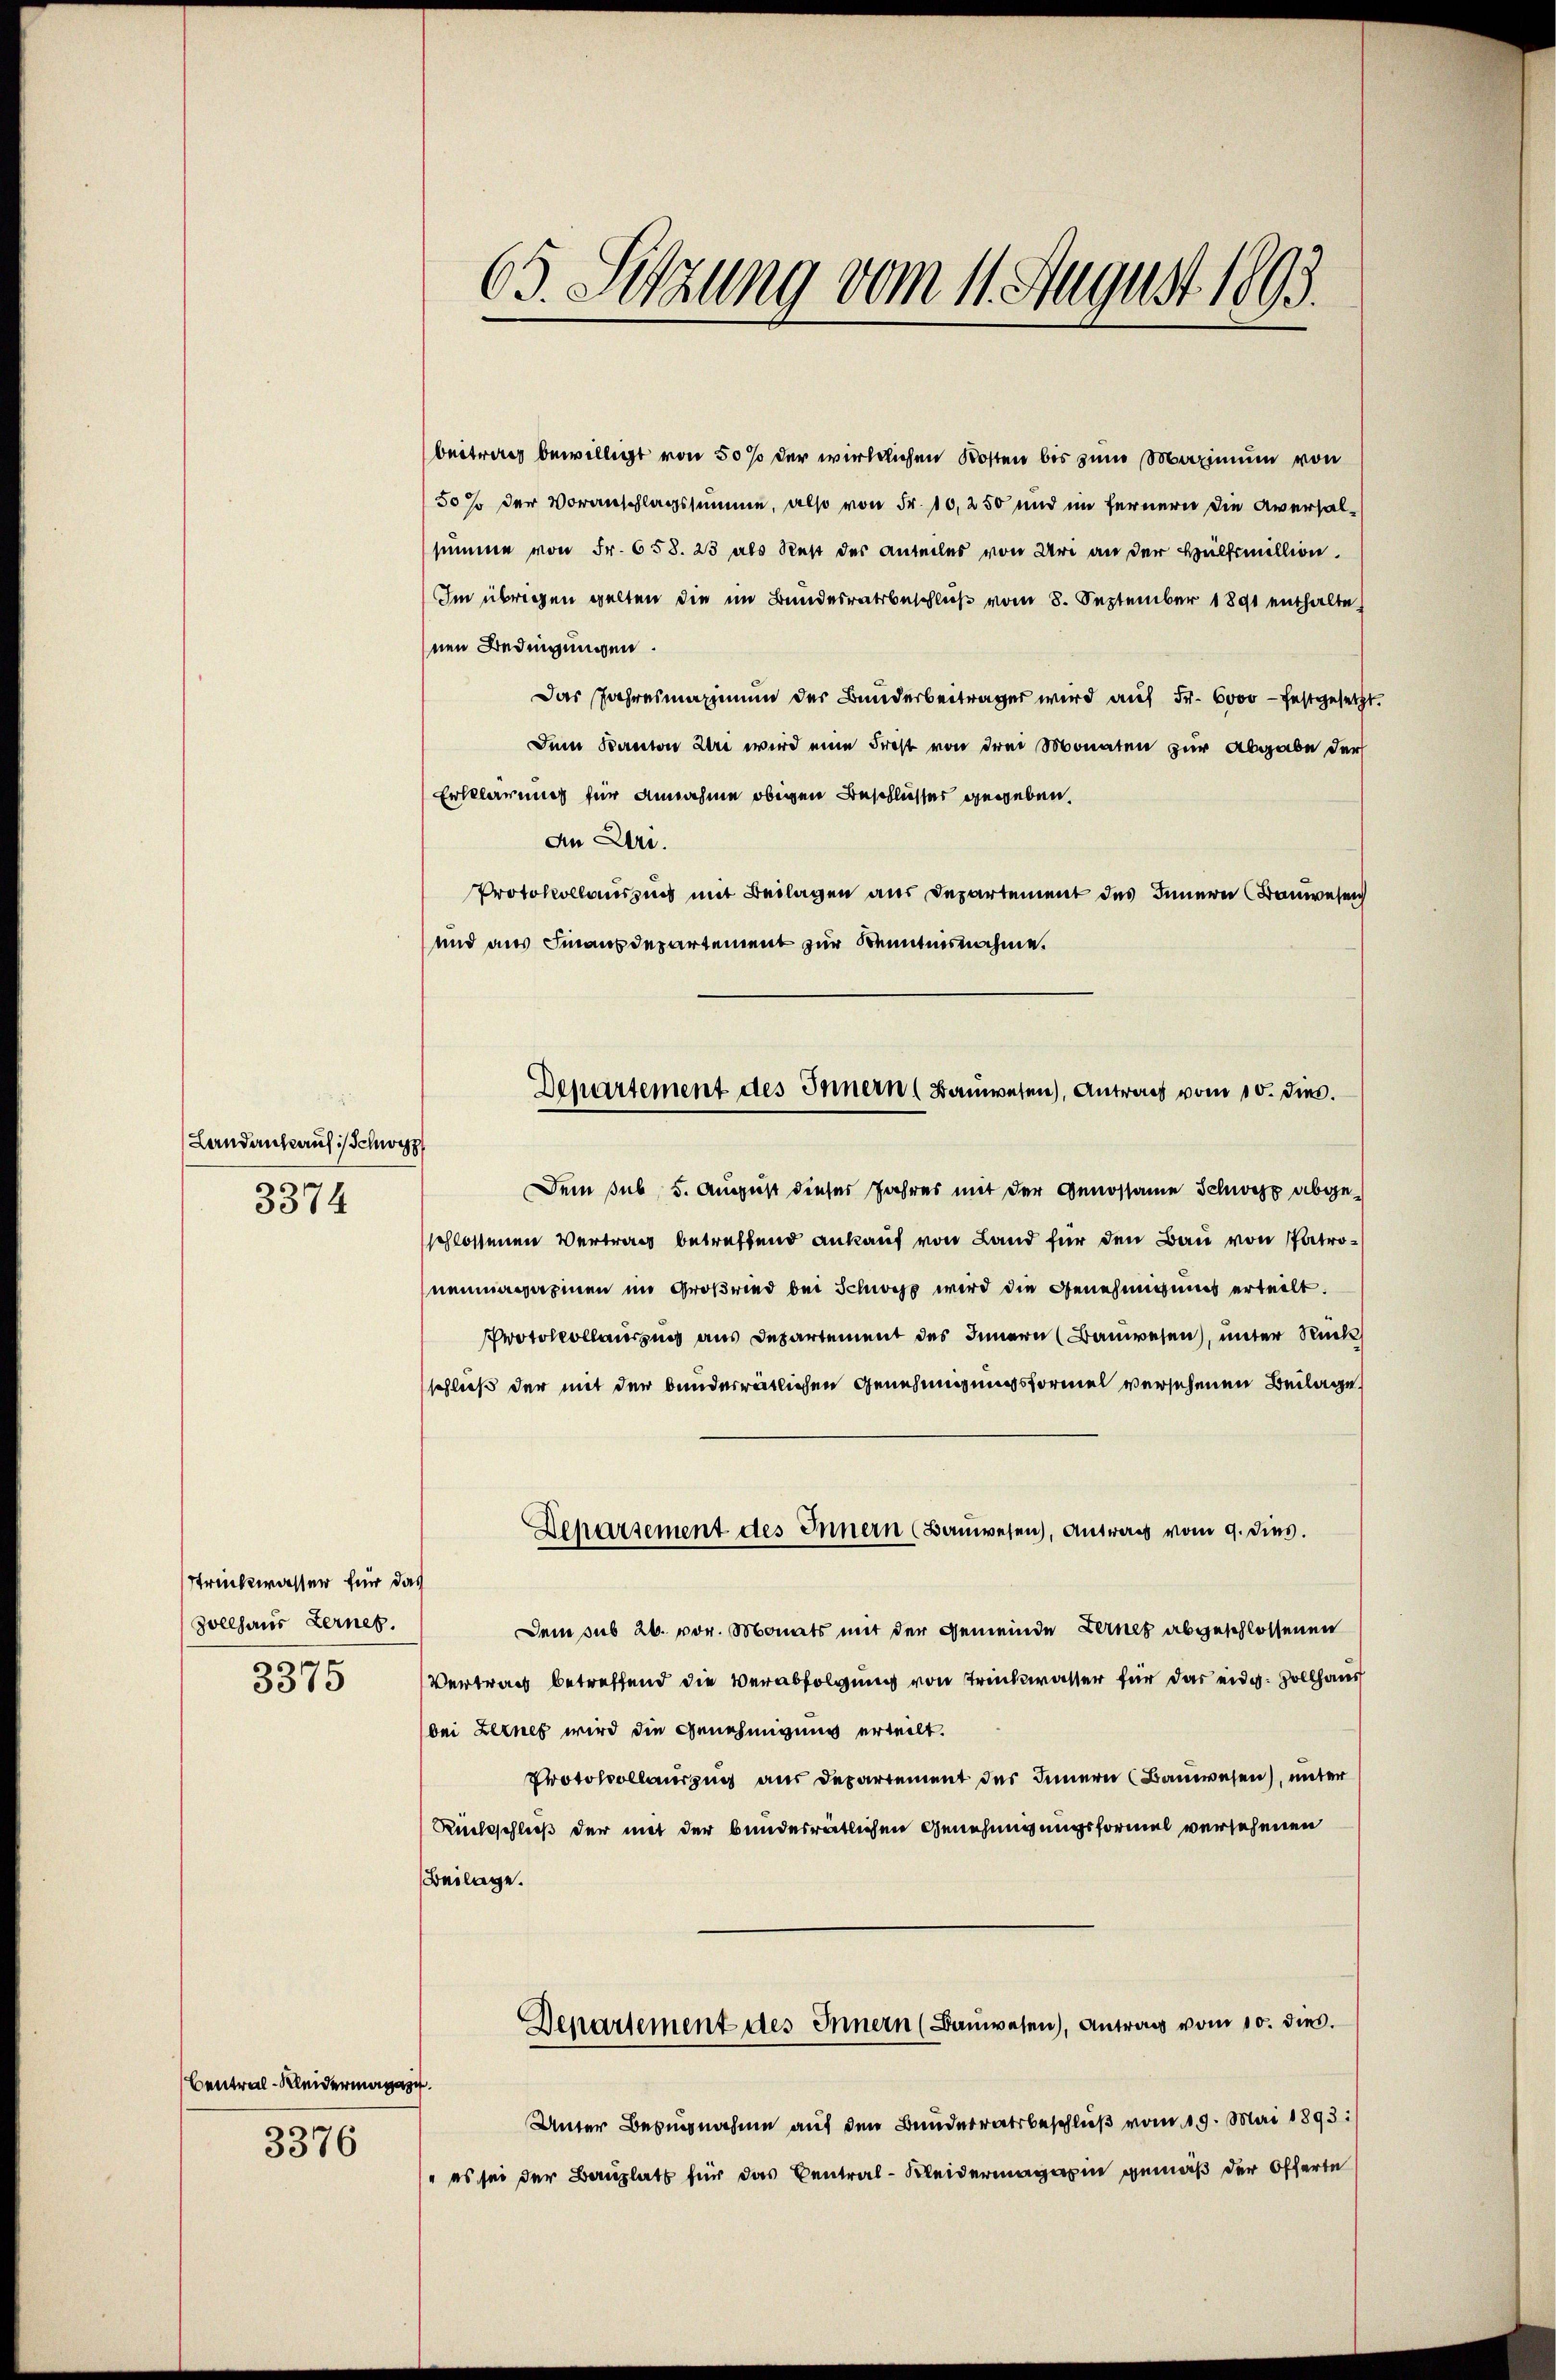
Landankaufs Schwyz
3374

Strückwasser für das
Zollhaus Lernet.
3375

Ben Klei

3376

65. Sitzung vom 11. August 1893.

beitrag bewilligt von 50 % der wirklichen Kosten bis zum Maximum von
50 % der Voranschlagssumme, also von Fr. 10,250 und im fernern die Aversalsumme von Fr. 658. 23 als Rest des Anteiles von Uri an der Hülfsmillion.
Im übrigen gelten die im Bundesratsbeschluß vom 8. September 1891 enthalte
nen Bedingungen
Das Jahresmaximum der Bunderbeiträger wird auf Fr. 6000 – festgesetzt
Dem Kanton Uri wird eine Frost von drei Monaten zur Abgabe der
Erklärung für Annahme obigen Beschlusser gegeben.
An Dr.
Protokollauszins mit Beilagen aus Departement des Innere Bauwesen
und aus Finanzdepartement zur Kenntnisnahme.
Dem sub 5. August dieses Jahres mit der Genossame Schwyz abgeschlossenen Vertrag betreffend ankauf von Land für den Bau von Patroneumagazinen im Großried bei Schwyz wird die Genehmigung erteilt.
Protokollauszug aus Departement des Innern (Bauwesen, unter Rück
schluß der mit der bunderrätlichen Genehmigungsformel versehenen Beilage
Departement des Innern (Bauwesen, Antrag vom 9. dies.
Dem sub 26. vor. Monats mit der Gemeinde Fernes abgeschlossenen
Vertrag betreffend die Verabfolgung von Trückwasser für das eidg. Sollhaus
bei Lerner wird die Genehmigung erteilt.
Protokollauszug aus Departement des Innern (Bauwesen), unter
Rückschließ der mit der bundesrätlichen Genehmigungsformel versehenen
Beilage.
Departement des Innern (Banwesen), Antrag vom 10. dies.
Unter Bezugnahme auf den Bunderratsbeschluß vom 19. Mai 1893.
" es sei der Bauplatt für das Central-Kleidermagazin gemäß der Offerte

Departement des Innern (Banwesen), Antrag vom 10. dies.